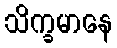
သိက္ခမာနေ